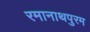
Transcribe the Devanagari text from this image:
रमानाथपुरम